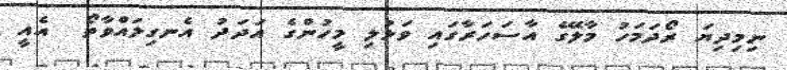
ނިމިދިޔަ ރޯދަމަހު މާލޭގެ އާސަހަރާގައި ވަޅުލި މީހުންގެ އަދަދު އެނގިލައްވާތޯ  އެއީ